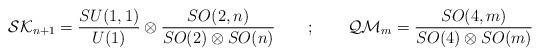
LaTeX: \begin{align*}{\cal SK}_{n+1} = \frac{SU(1,1)}{U(1)} \otimes\frac{SO(2,n)}{SO(2)\otimes SO(n)} \quad \quad ; \quad\quad{\cal QM}_m = \frac{SO(4,m)}{SO(4)\otimes SO(m)}\end{align*}